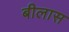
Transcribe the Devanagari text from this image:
बीलास